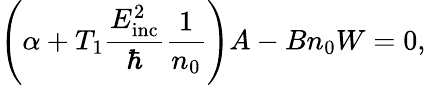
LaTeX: \left(\alpha+T_{1}\frac{E_{\mathrm{inc}}^{2}}{\hbar}\frac{1}{n_{0}}\right)A-Bn_{0}W=0,